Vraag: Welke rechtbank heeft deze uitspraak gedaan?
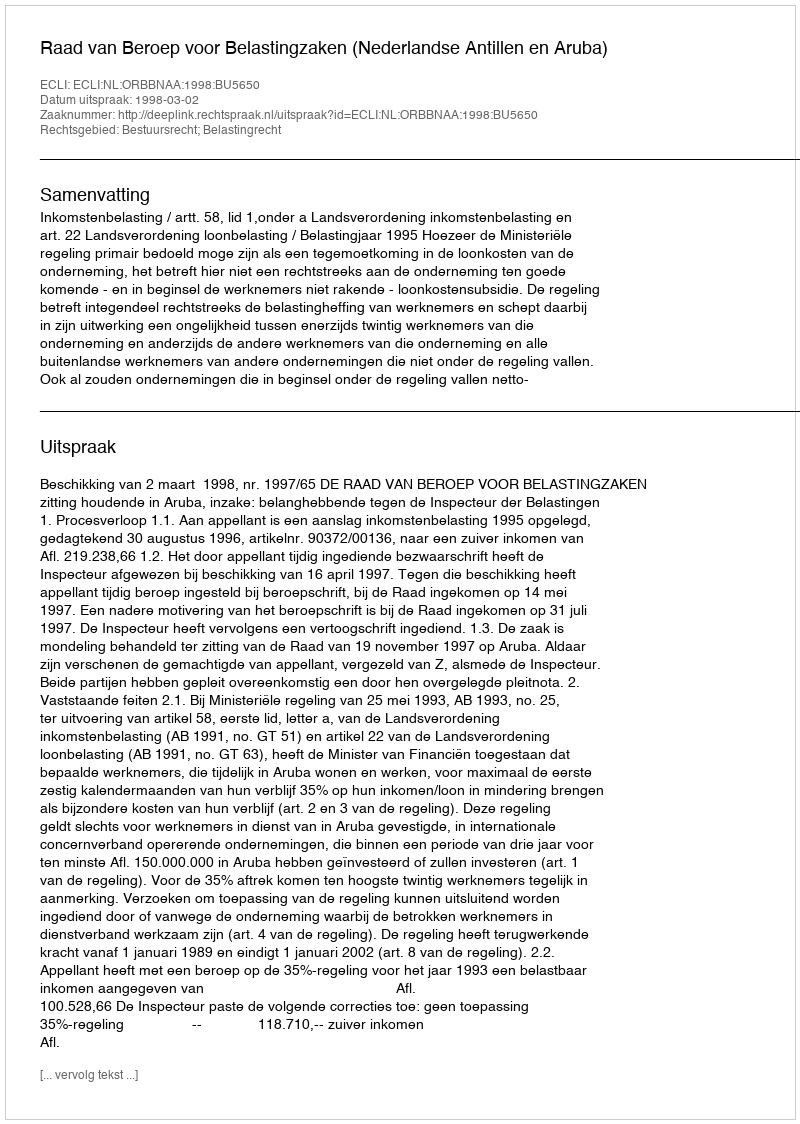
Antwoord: Raad van Beroep voor Belastingzaken (Nederlandse Antillen en Aruba)